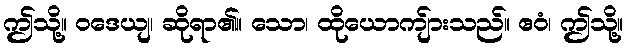
ဤသို့။ ဝဒေယျ၊ ဆိုရာ၏။ သော၊ ထိုယောကျ်ားသည်။ ဧဝံ၊ ဤသို့။